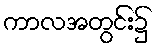
ကာလအတွင်း၌